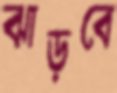
ঝাড়বে